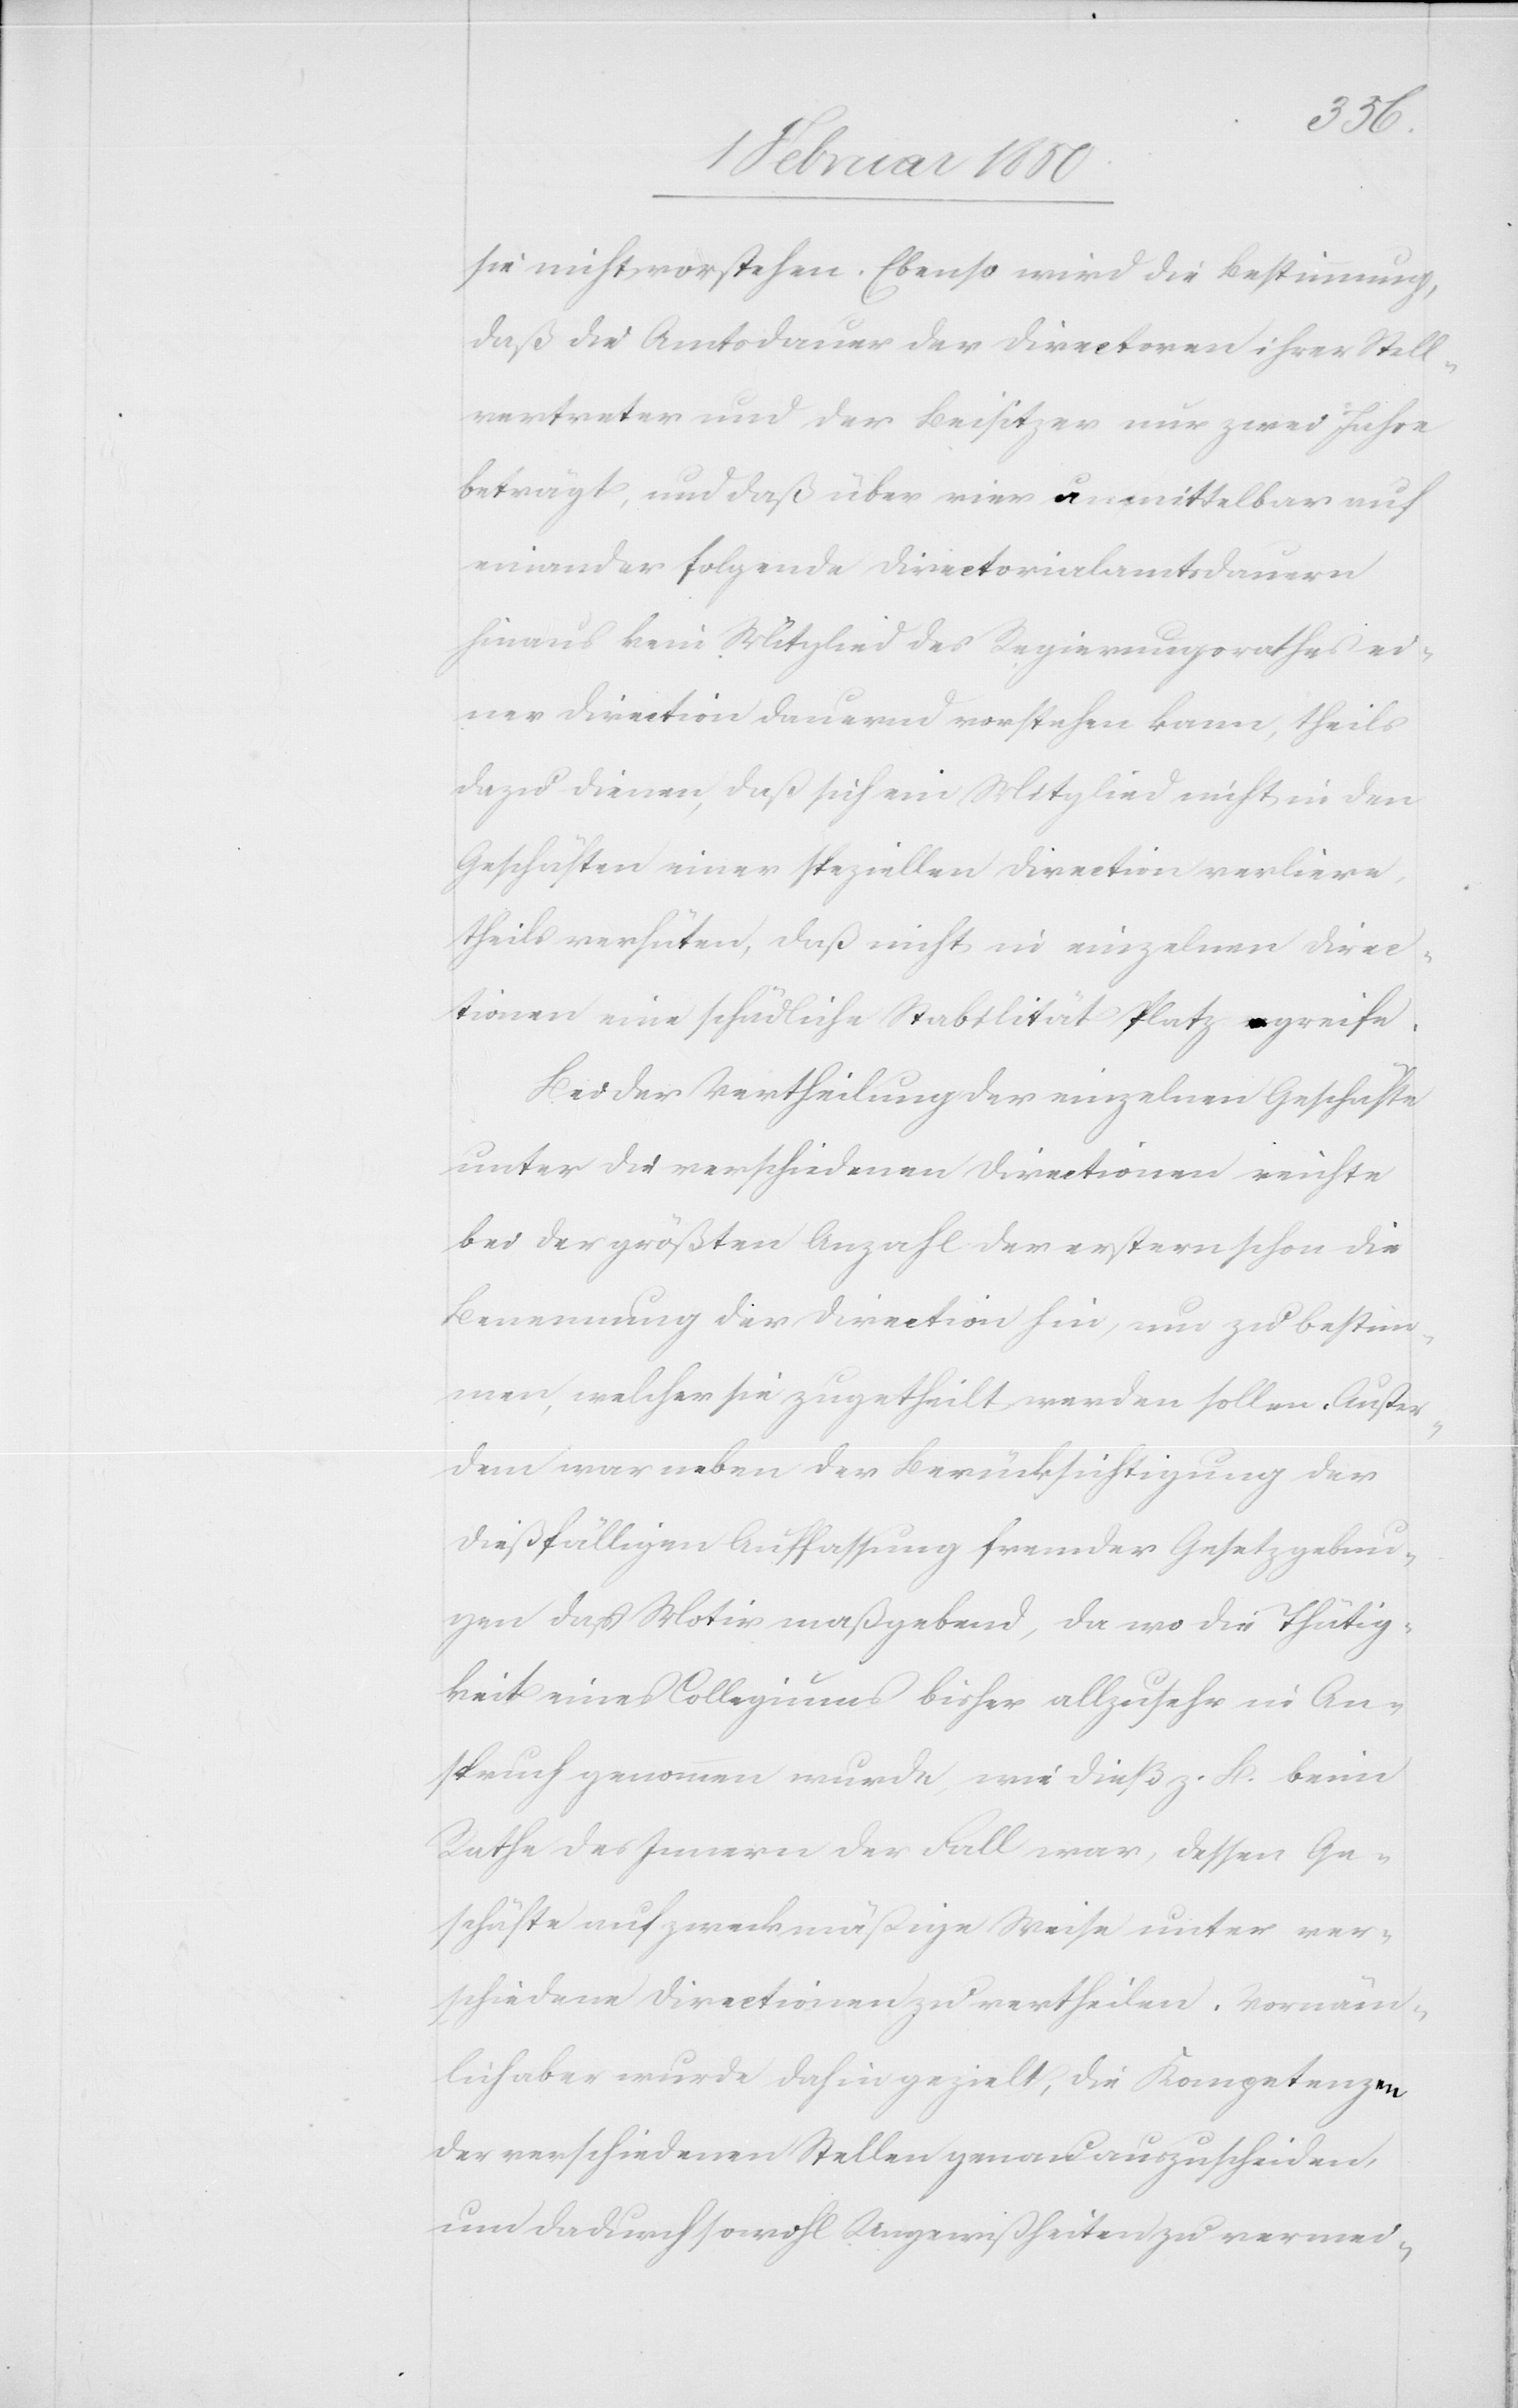
sie nicht vorstehen. Ebenso wird die Bestimmung,
daß die Amtsdauer der Directoren[,] ihrer Stell¬
vertreter und der Beisitzer nur zwei Jahre
beträgt, und daß über vier unmittelbar auf
einander folgende Directorialamtsdauern
hinaus kein Mitglied des Regierungsrathes ei¬
ner Direction dauernd vorstehen kann, theils
dazu dienen, daß sich ein Mitglied nicht in den
Geschäften einer speziellen Direction verliere,
theils verhüten, daß nicht in einzelnen Direc¬
tionen eine schädliche Stabilität Platz greife.
Bei der Vertheilung der einzelnen Geschäfte
unter die verschiedenen Directionen reichte
bei der größten Anzahl der erstern schon die
Benennung der Direction hin, um zu bestim¬
men, welcher sie zugetheilt werden sollen. Außer¬
dem war neben der Berücksichtigung der
dießfälligen Auffassung fremder Gesetzgebun¬
gen das Motiv maßgebend, da wo die Thätig¬
keit eines Collegiums bisher allzusehr in An¬
spruch genommen wurde, wie dieß z. B. beim
Rathe des Innern der Fall war, dessen Ge¬
schäfte auf zweckmäßige Weise unter ver¬
schiedene Directionen zu ertheilen. Vornäm¬
lich aber wurde dahin gezielt, die Kompetenzen
der verschiedenen Stellen genau auszuscheiden,
um dadurch sowohl Ungewißheiten zu vermei-